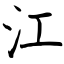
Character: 江